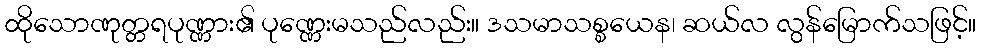
ထိုသောဏုတ္တရပုဏ္ဏား၏ ပုဏ္ဏေးမသည်လည်း။ ဒသမာသစ္စယေန၊ ဆယ်လ လွန်မြောက်သဖြင့်။